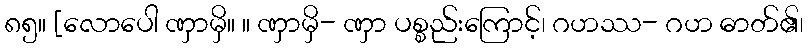
၈၅။ [လောပေါ ဏှာမှိ။ ။ ဏှာမှိ- ဏှာ ပစ္စည်းကြောင့်၊ ဂဟဿ- ဂဟ ဓာတ်၏၊